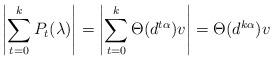
LaTeX: \begin{align*}\left|\sum_{t=0}^{k} P_t(\lambda)\right| = \left|\sum_{t=0}^{k} \Theta(d^{t\alpha})v\right| = \Theta(d^{k\alpha})v \end{align*}